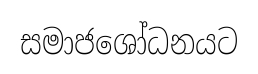
සමාජශෝධනයට